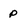
Character: p